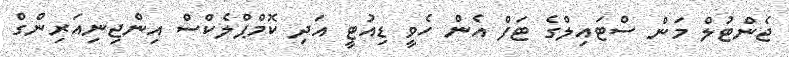
ޖެންޓުލް މަން ސްޓައިލްގެ ޓަފް އެން ހެވީ ޑިއުޓީ އަދި ކޮމްޕްލެކްސް އިންޖިނިއަރިންގް